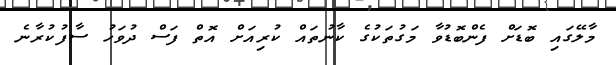
މާލޭގައި ބޮޑަށް ފެންބޮޑުވާ މަގުތަކުގެ ކާނުތައް ކުރިއަށް އޮތް ފަސް ދުވަހު ސާފުކުރާނެ